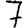
Digit: 7